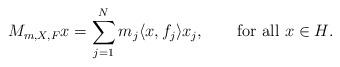
LaTeX: \begin{align*} M_{m,X,F}x=\sum_{j=1}^N m_j \langle x,f_j \rangle x_j, \qquad\textrm{for all $x\in H$.}\end{align*}